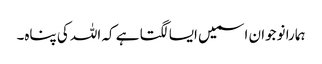
ہمارا نوجوان اسمیں ایسا لگتا ہے کہ اللہ کی پناہ۔